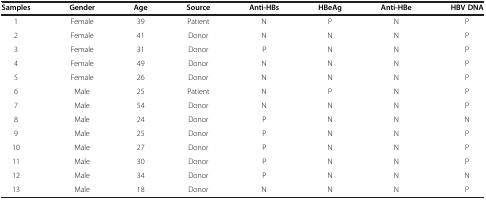
<table><thead><tr><td><b>Samples</b></td><td><b>Gender</b></td><td><b>Age</b></td><td><b>Source</b></td><td><b>Anti-HBs</b></td><td><b>HBeAg</b></td><td><b>Anti-HBe</b></td><td><b>HBV DNA</b></td></tr></thead><tbody><tr><td>1</td><td>Female</td><td>39</td><td>Patient</td><td>N</td><td>P</td><td>N</td><td>P</td></tr><tr><td>2</td><td>Female</td><td>41</td><td>Donor</td><td>N</td><td>N</td><td>N</td><td>P</td></tr><tr><td>3</td><td>Female</td><td>31</td><td>Donor</td><td>P</td><td>N</td><td>N</td><td>P</td></tr><tr><td>4</td><td>Female</td><td>49</td><td>Donor</td><td>N</td><td>N</td><td>N</td><td>P</td></tr><tr><td>5</td><td>Female</td><td>26</td><td>Donor</td><td>N</td><td>N</td><td>N</td><td>P</td></tr><tr><td>6</td><td>Male</td><td>25</td><td>Patient</td><td>N</td><td>P</td><td>N</td><td>P</td></tr><tr><td>7</td><td>Male</td><td>54</td><td>Donor</td><td>N</td><td>N</td><td>N</td><td>P</td></tr><tr><td>8</td><td>Male</td><td>24</td><td>Donor</td><td>P</td><td>N</td><td>N</td><td>N</td></tr><tr><td>9</td><td>Male</td><td>25</td><td>Donor</td><td>P</td><td>N</td><td>N</td><td>P</td></tr><tr><td>10</td><td>Male</td><td>27</td><td>Donor</td><td>P</td><td>N</td><td>N</td><td>P</td></tr><tr><td>11</td><td>Male</td><td>30</td><td>Donor</td><td>P</td><td>N</td><td>N</td><td>P</td></tr><tr><td>12</td><td>Male</td><td>34</td><td>Donor</td><td>P</td><td>N</td><td>N</td><td>N</td></tr><tr><td>13</td><td>Male</td><td>18</td><td>Donor</td><td>N</td><td>N</td><td>N</td><td>P</td></tr></tbody></table>